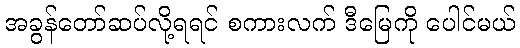
အခွန်တော်ဆပ်လို့ရရင် စကားလက် ဒီမြေကို ပေါင်မယ်